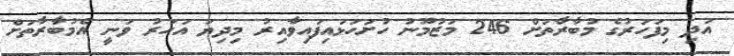
އަދި މިފަހަރުގެ މުބާރާތަށް 246 މަޒުމޫނު ހުށަހަޅައިފައިވާއިރު މިދިޔަ އަހަރު ވަނީ އެމުބާރާތަށް